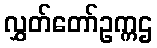
လွှတ်တော်ဥက္ကဌ